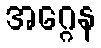
အဂ္ဂေန